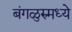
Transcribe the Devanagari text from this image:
बंगळुरुमध्ये